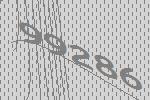
99286